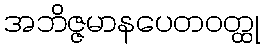
အဘိဇ္ဇမာနပေတဝတ္ထု